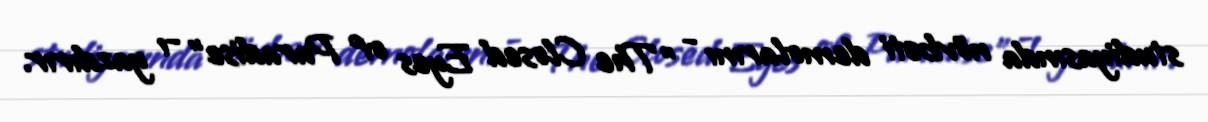
studiyasında növbəti demolarını - "The Closed Eyes of Paradise" -ı yazdırır.